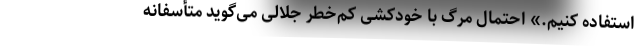
استفاده کنیم.» احتمال مرگ با خودکشی کم‌خطر جلالی می‌گوید متأسفانه